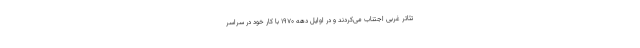
تئاتر غربی اجتناب می‌کردند و در اوایل دهه ۱۹۷۰ با کار خود در سراسر